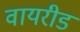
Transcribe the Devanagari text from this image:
वायरीड